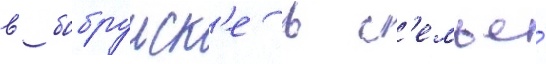
в бобруиск'е в с'емье́